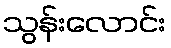
သွန်းလောင်း